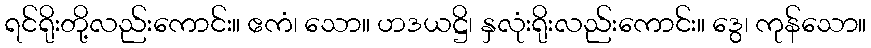
ရင်ရိုးတို့လည်းကောင်း။ ဧကံ၊ သော။ ဟဒယဋ္ဌိ၊ နှလုံးရိုးလည်းကောင်း။ ဒွေ၊ ကုန်သော။